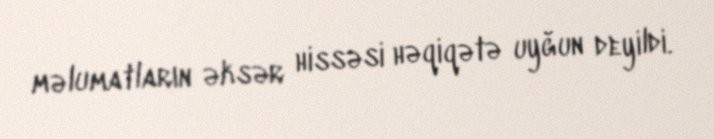
məlumatların əksər hissəsi həqiqətə uyğun deyildi.